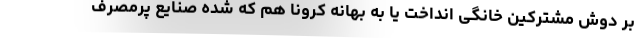
بر دوش مشترکین خانگی انداخت یا به بهانه کرونا هم که شده صنایع پرمصرف